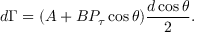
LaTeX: d \Gamma = ( A + B P _ { \tau } \cos \theta ) \frac { d \cos \theta } { 2 } .